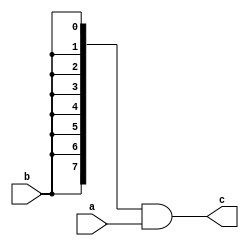
module and_array(a, b, c);
    input[7:0] a;
    input b;

    output[7:0] c;
    
    assign c[7:0] = {b, b, b, b, b, b, b, b}&a[7:0];
endmodule